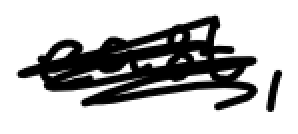
Text: east,
Cross-out: scratch
Writing tool: digital_black